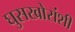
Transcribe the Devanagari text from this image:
घुसखोरांशी